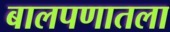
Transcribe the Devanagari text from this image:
बालपणातला